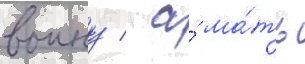
воину / а́ ма́ть